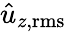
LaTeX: \hat{u}_{z,\mathrm{rms}}